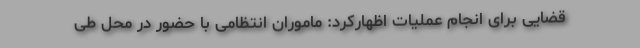
قضایی برای انجام عملیات اظهارکرد: ماموران انتظامی با حضور در محل طی